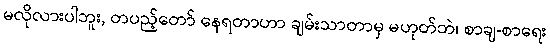
မလိုလားပါဘူး, တပည့်တော် နေရတာဟာ ချမ်းသာတာမှ မဟုတ်ဘဲ၊ စာချ-စာရေး